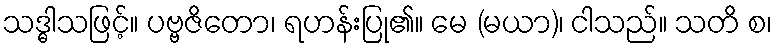
သဒ္ဓါသဖြင့်။ ပဗ္ဗဇိတော၊ ရဟန်းပြု၏။ မေ (မယာ)၊ ငါသည်။ သတိ စ၊